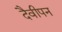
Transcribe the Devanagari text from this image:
दैवीपन